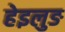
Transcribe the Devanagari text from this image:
हेइलुङ